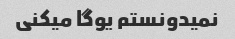
نمیدونستم یوگا میکنی